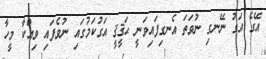
އޭގެ އަގު ނޭނގި ނުވަތަ އެނގިފައިވަނީ ޙަޤީޤީ އަގުކަމުގައި ނުވެފައި ވިއްކާ މީހާ